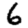
Digit: 6